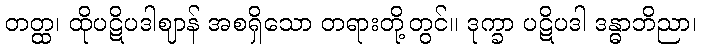
တတ္ထ၊ ထိုပဋိပဒါဈာန် အစရှိသော တရားတို့တွင်။ ဒုက္ခာ ပဋိပဒါ ဒန္ဓာဘိညာ၊